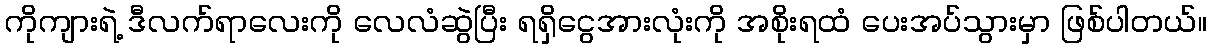
ကိုကျားရဲ့ ဒီလက်ရာလေးကို လေလံဆွဲပြီး ရရှိငွေအားလုံးကို အစိုးရထံ ပေးအပ်သွားမှာ ဖြစ်ပါတယ်။